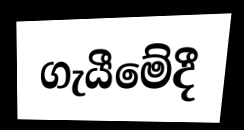
ගැයීමේදී